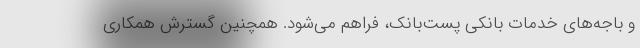
و باجه‌های خدمات بانکی پست‌بانک، فراهم می‌شود. همچنین گسترش همکاری